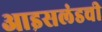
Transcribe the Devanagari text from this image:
आइसलंडची